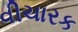
વીચારક